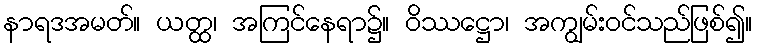
နာရဒအမတ်။ ယတ္ထ၊ အကြင်နေရာ၌။ ဝိဿဋ္ဌော၊ အကျွမ်းဝင်သည်ဖြစ်၍။